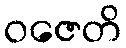
ဝဇေတိ